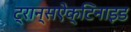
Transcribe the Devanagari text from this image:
ट्रान्सऐक्टिनाइड